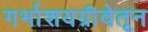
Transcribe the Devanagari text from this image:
गर्भाशयग्रीवेतून